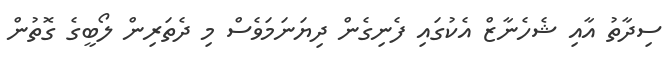
ސިދާތު އާއި ޝެހެނާޒް އެކުގައި ފެނިގެން ދިޔަނަމަވެސް މި ދެތަރިން ލޯބީގެ ގޮތުން